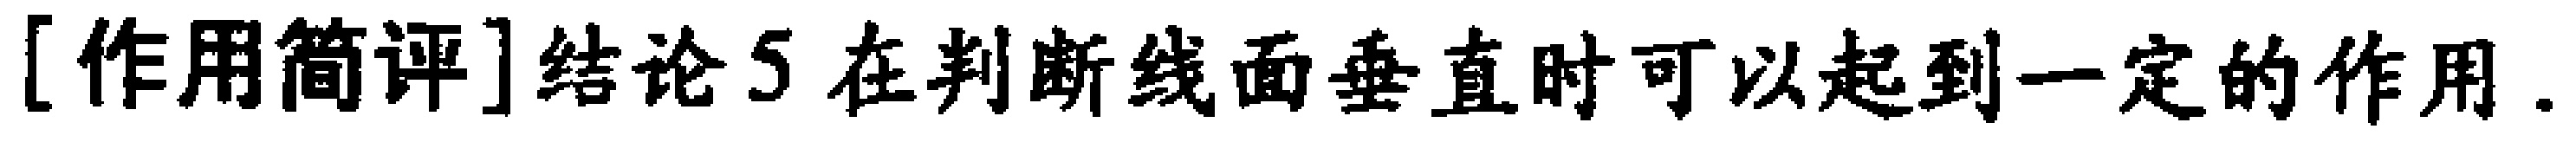
[作用简评]结论5 在判断线面垂直时可以起到一定的作用.